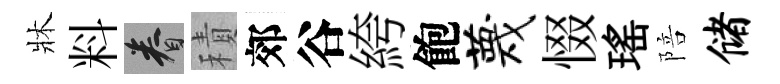
牀料眷積郊谷絝飽蔑惙瑤陪储